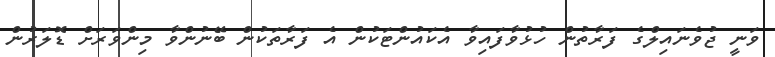
ވަނީ ޖުވެނައިލްގެ ފަރާތުން ހުޅުވާފައިވާ އެކައުންޓަކުން އެ ފަރާތަކުން ބޭނުންވާ މިންވަރަށް ޑޮލަރުން